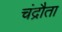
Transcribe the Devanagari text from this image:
चंद्रौता